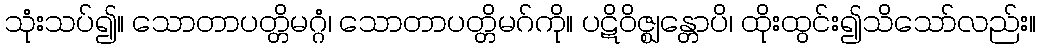
သုံးသပ်၍။ သောတာပတ္တိမဂ္ဂံ၊ သောတာပတ္တိမဂ်ကို။ ပဋိဝိဇ္ဈန္တောပိ၊ ထိုးထွင်း၍သိသော်လည်း။